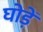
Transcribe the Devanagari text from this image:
घोड़ें